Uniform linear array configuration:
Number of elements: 4
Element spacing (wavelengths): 0.75
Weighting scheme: binomial
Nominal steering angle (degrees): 30
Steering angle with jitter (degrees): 31.361
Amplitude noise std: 0.05
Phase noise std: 0.05

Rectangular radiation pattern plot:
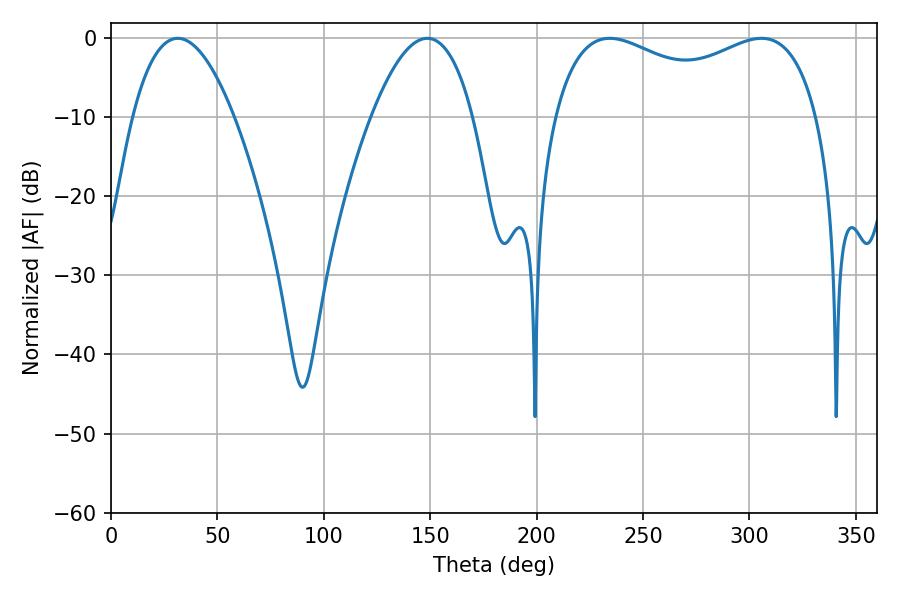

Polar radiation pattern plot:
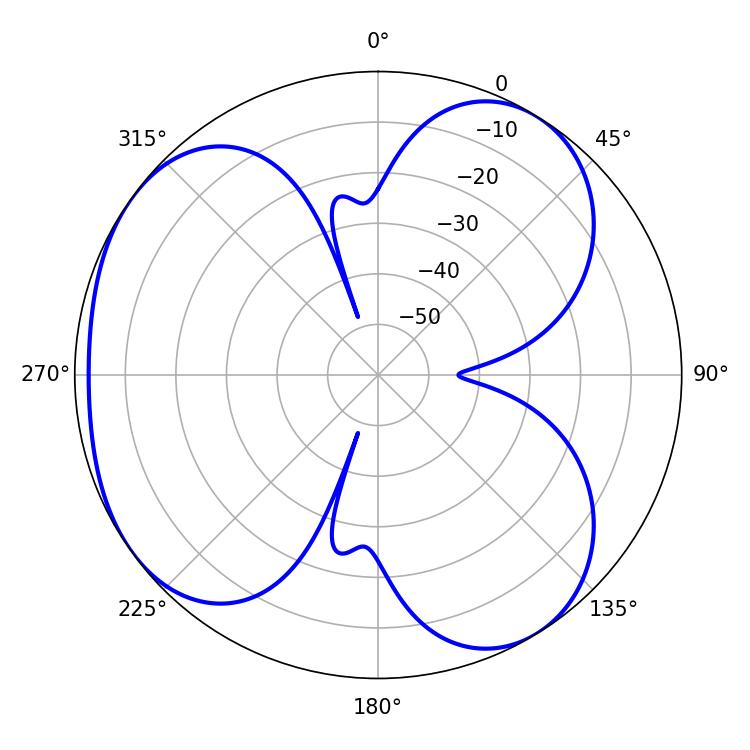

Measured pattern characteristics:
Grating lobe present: TRUE
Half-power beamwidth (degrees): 102.96
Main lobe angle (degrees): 234.36